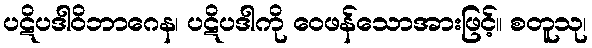
ပဋိပဒါဝိဘာဂေန၊ ပဋိပဒါကို ဝေဖန်သောအားဖြင့်။ စတူသု၊